Annual statistical returns and brief notes on vaccination in Bengal - 1909-1929
Year: 1909
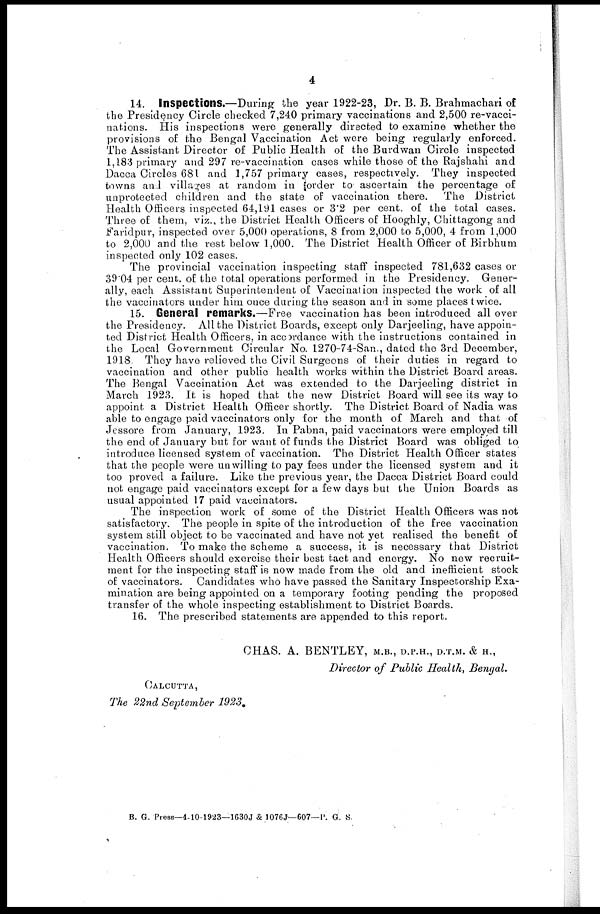
4
14. Inspections.—During the year 1922-23, Dr. B. B. Brahmachari of
the Presidency Circle checked 7,240 primary vaccinations and 2,500 re-vacci-
nations. His inspections were generally directed to examine whether the
provisions of the Bengal Vaccination Act were being regularly enforced.
The Assistant Director of Public Health of the Burdwan Circle inspected
1,183 primary and 297 re-vaccination cases while those of the Rajshahi and
Dacca Circles 681 and 1,757 primary cases, respectively. They inspected
towns and villages at random in order to ascertain the percentage of
unprotected children and the state of vaccination there. The District
Health Officers inspected 64,191 cases or 3.2 per cent. of the total cases.
Three of them, viz., the District Health Officers of Hooghly, Chittagong and
Faridpur, inspected over 5,000 operations, 8 from 2,000 to 5,000, 4 from 1,000
to 2,000 and the rest below 1,000. The District Health Officer of Birbhum
inspected only 102 cases.
The provincial vaccination inspecting staff inspected 781,632 cases or
39.04 per cent. of the total operations performed in the Presidency. Gener-
ally, each Assistant Superintendent of Vaccination inspected the work of all
the vaccinators under him once during the season and in some places twice.
15. General remarks.—Free vaccination has been introduced all over
the Presidency. All the District Boards, except only Darjeeling, have appoin-
ted District Health Officers, in accordance with the instructions contained in
the Local Government Circular No. 1270-74-San., dated the 3rd December,
1918. They have relieved the Civil Surgeons of their duties in regard to
vaccination and other public health works within the District Board areas.
The Bengal Vaccination Act was extended to the Darjeeling district in
March 1923. It is hoped that the new District Board will see its way to
appoint a District Health Officer shortly. The District Board of Nadia was
able to engage paid vaccinators only for the month of March and that of
Jessore from January, 1923. In Pabna, paid vaccinators were employed till
the end of January but for want of funds the District Board was obliged to
introduce licensed system of vaccination. The District Health Officer states
that the people were unwilling to pay fees under the licensed system and it
too proved a failure. Like the previous year, the Dacca District Board could
not engage paid vaccinators except for a few days but the Union Boards as
usual appointed 17 paid vaccinators.
The inspection work of some of the District Health Officers was not
satisfactory. The people in spite of the introduction of the free vaccination
system still object to be vaccinated and have not yet realised the benefit of
vaccination. To make the scheme a success, it is necessary that District
Health Officers should exercise their best tact and energy. No new recruit-
ment for the inspecting staff is now made from the old and inefficient stock
of vaccinators. Candidates who have passed the Sanitary Inspectorship Exa-
mination are being appointed on a temporary footing pending the proposed
transfer of the whole inspecting establishment to District Boards.
16. The prescribed statements are appended to this report.
CHAS. A. BENTLEY, M.B., D.P.H., D.T.M. & H.,
Director of Public Health, Bengal.
CALCUTTA,
The 22nd September 1923.
B. G. Press—4-10-1923—1630J & 1076J—607—P. G. S.